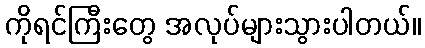
ကိုရင်ကြီးတွေ အလုပ်များသွားပါတယ်။